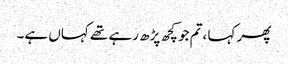
پھر کہا ،تم جو کچھ پڑھ رہے تھے کہاں ہے۔